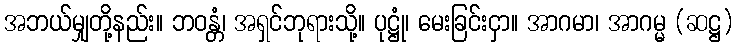
အဘယ်မျှတို့နည်း။ ဘဝန္တံ၊ အရှင်ဘုရားသို့။ ပုဋ္ဌုံ၊ မေးခြင်းငှာ။ အာဂမာ၊ အာဂမ္မ (ဆဋ္ဌ)